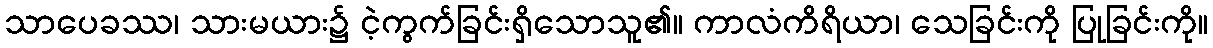
သာပေခဿ၊ သားမယား၌ ငဲ့ကွက်ခြင်းရှိသောသူ၏။ ကာလံကိရိယာ၊ သေခြင်းကို ပြုခြင်းကို။